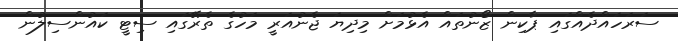
ސަރަހައްދެއްގައި ޕާކިން ޒޯނުތައް އެޅުމަށް މިދިޔަ ޖެނުއަރީ މަހުގެ ތެރޭގައި ސިޓީ ކައުންސިލުން